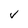
Character: v